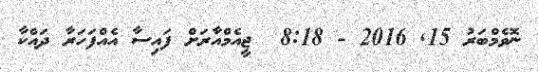
ނޮވެމްބަރު 15